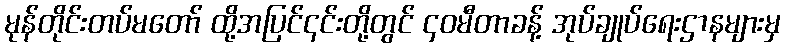
မုန်တိုင်းတပ်မတော် ထို့အပြင်၎င်းတို့တွင် ၄၀မီတာခန့် အုပ်ချုပ်ရေးဌာနများမှ